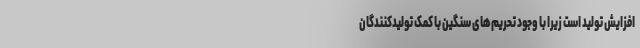
افزایش تولید است زیرا با وجود تحریم‌های سنگین با کمک تولیدکنندگان